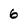
Character: 6